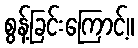
စွန့်ခြင်းကြောင့်။